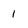
Character: 1